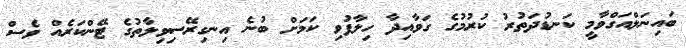
ބައިނަލްއަގްވާމީ ކަނޑުދަތުރު ކުރުމުގެ ގަވާއިދާ ހިލާފުވި ކަމަށް ބުނެ އިނގިރޭސިވިލާތުގެ ޓޭންކަރެއް ވެސް